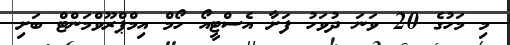
މި މަހުގެ 20 ވަނަ ދުވަހު ފަށާ އެސްޓީއޯ ހޯމް އިމްޕްރޫވްމަންޓް ބަށި